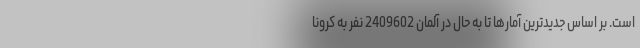
است. بر اساس جدیدترین آمارها تا به حال در آلمان 2409602 نفر به کرونا